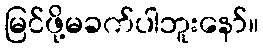
မြင်ဖို့မခက်ပါဘူးနော်။